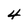
Character: 4